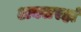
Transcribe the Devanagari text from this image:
अक्सरहां